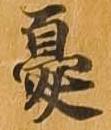
憂